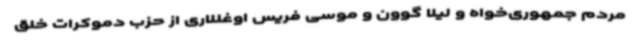
مردم جمهوری‌خواه و لیلا گوون و موسی فریس اوغللاری از حزب دموکرات خلق